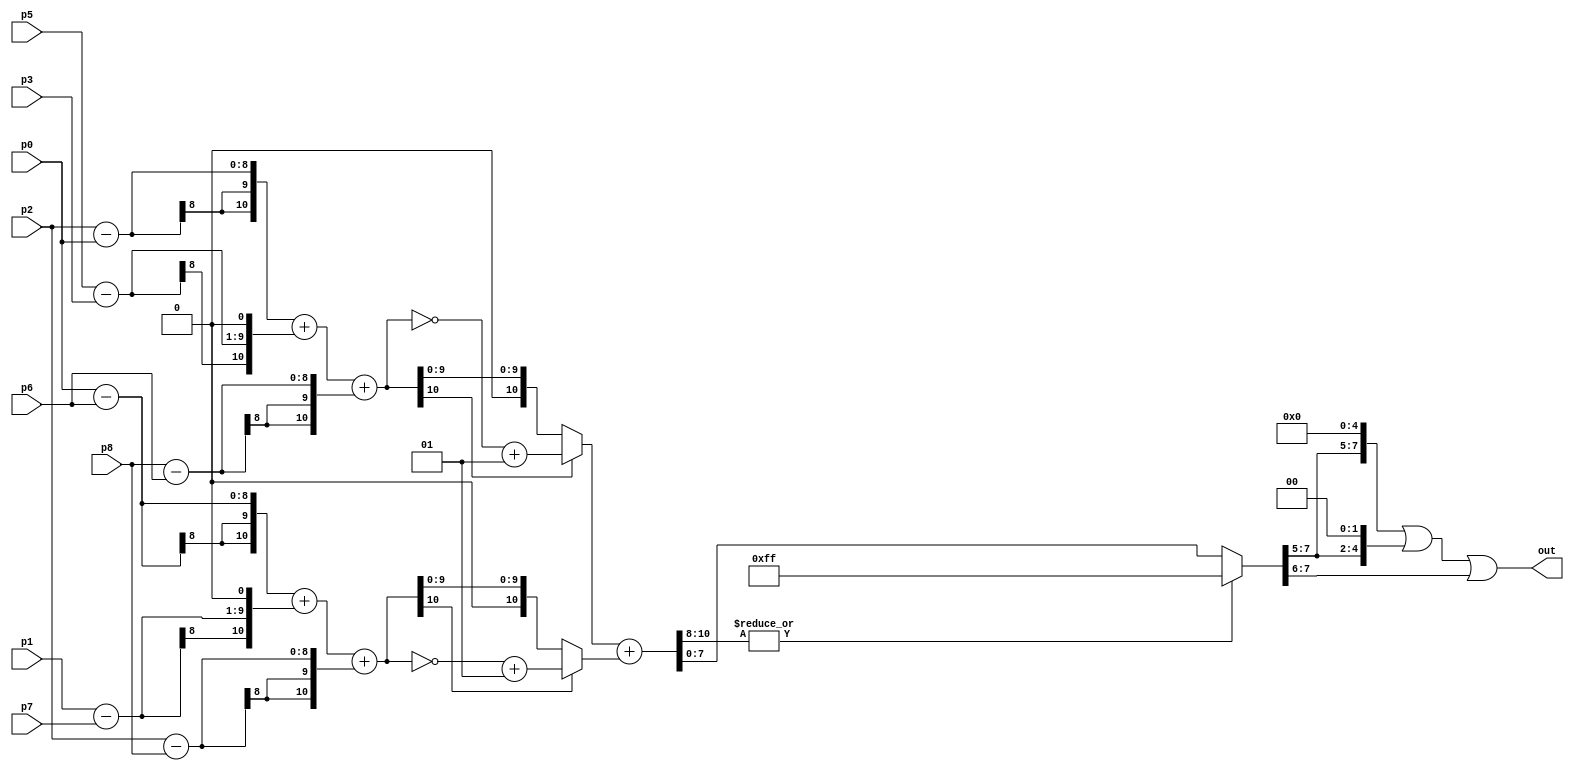
module conv ( p0, p1, p2, p3, p5, p6, p7, p8, out); // we don't need p4 because it's multiplied by 0

input  [7:0] p0,p1,p2,p3,p5,p6,p7,p8;	        // 8 bit pixels inputs
output [7:0] out;			        // 8 bit output pixel

wire signed [10:0] gx,gy;                       //11 bits because max value of gx and gy is 255*4 and last bit for sign					
wire signed [10:0] abs_gx,abs_gy;	        //it is used to find the absolute value of gx and gy
wire [10:0] sum;			        //the max value is 255*8. here no sign bit needed.
wire [7:0] raw_out;
wire [7:0] raw_r, raw_g, raw_b;

assign gx=((p2-p0)+((p5-p3)<<1)+(p8-p6));       //sobel mask for gradient in horizontal direction
assign gy=((p0-p6)+((p1-p7)<<1)+(p2-p8));       //sobel mask for gradient in vertical direction

assign abs_gx = (gx[10]? ~gx+1 : gx);	        // to find the absolute value of gx.
assign abs_gy = (gy[10]? ~gy+1 : gy);	        // to find the absolute value of gy. / bitwise negation +1 is 2's comp. of value.

assign sum = (abs_gx+abs_gy);			// finding the sum
assign raw_out = (|sum[10:8])?8'hff : sum[7:0];	// to limit the max value to 255 / sum[10]|sum[9]|sum[8]=1 then out=255 else: sum[7:0]
assign raw_r = raw_out >> 5;
assign raw_g = raw_out >> 5;
assign raw_b = raw_out >> 6;
assign out = raw_r << 5 | raw_g << 2 | raw_b;

endmodule